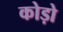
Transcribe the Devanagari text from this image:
कोड़ो